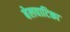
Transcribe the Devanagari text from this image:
बेलवाटिका